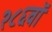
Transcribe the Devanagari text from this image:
२८६वॉ